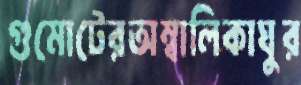
গুমোটেরঅম্বালিকাঘুর